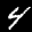
Label: 4